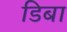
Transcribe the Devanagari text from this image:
डिबा